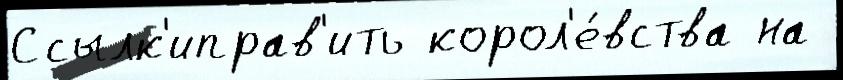
Ссылк'иправ'ить корол'е́вства на